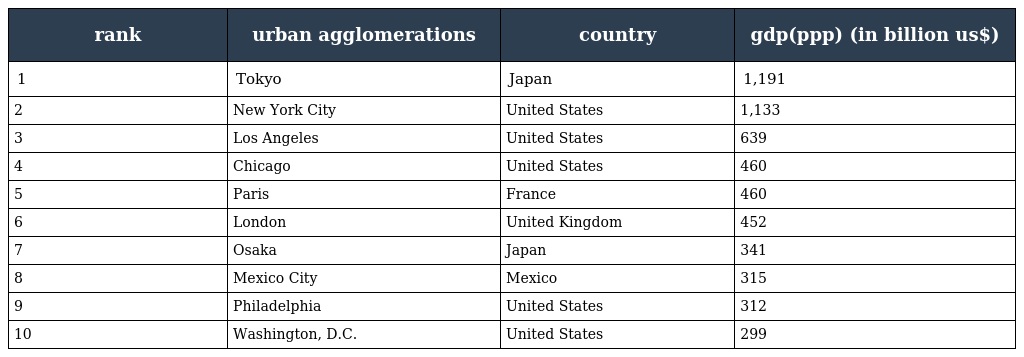
| rank | urban agglomerations | country | gdp(ppp) (in billion us$) |
 | --- | --- | --- | --- |
 | 1 | Tokyo | Japan | 1,191 |
 | 2 | New York City | United States | 1,133 |
 | 3 | Los Angeles | United States | 639 |
 | 4 | Chicago | United States | 460 |
 | 5 | Paris | France | 460 |
 | 6 | London | United Kingdom | 452 |
 | 7 | Osaka | Japan | 341 |
 | 8 | Mexico City | Mexico | 315 |
 | 9 | Philadelphia | United States | 312 |
 | 10 | Washington, D.C. | United States | 299 |